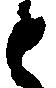
と